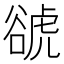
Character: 𧮽